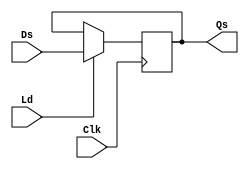
module reg32 (output reg[31:0] Qs, input [31:0] Ds, input Ld, Clk);
	always @(posedge Clk) begin
		if(Ld) Qs = Ds;
	end
endmodule